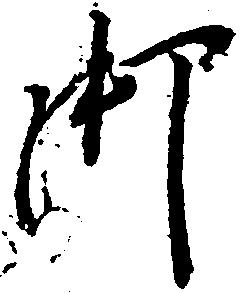
御